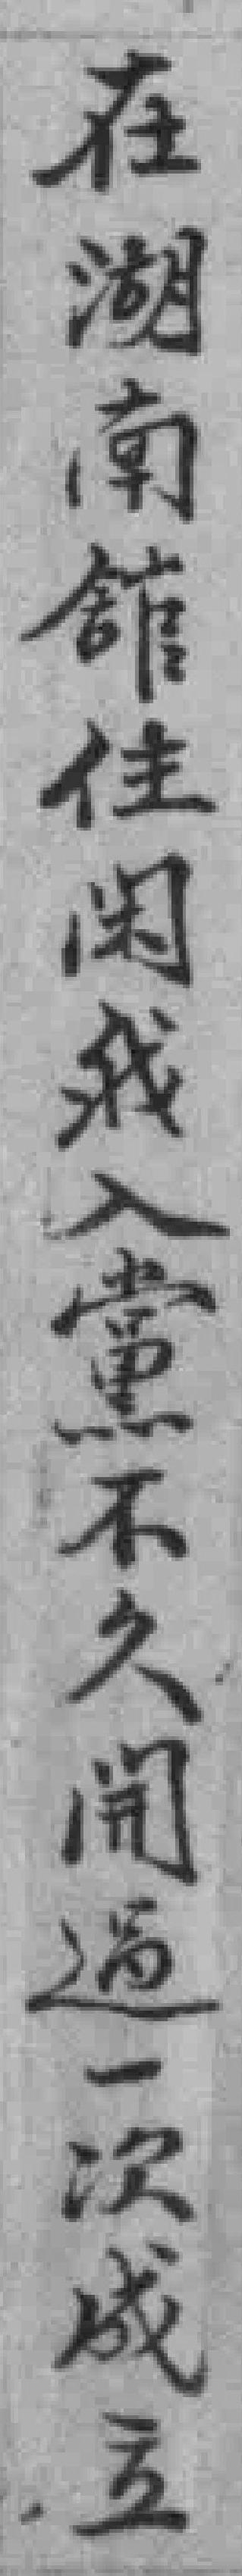
在湖南舘住闲我入黨不久𫔭過一次成立